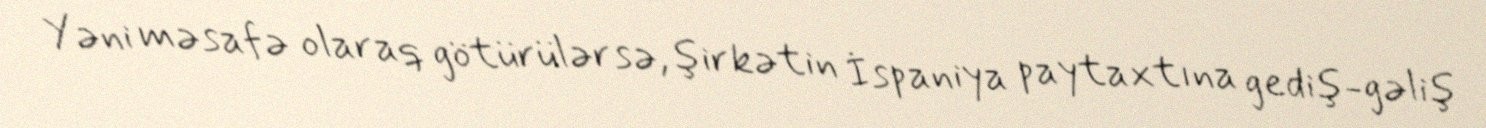
Yəni məsafə olaraq götürülərsə, şirkətin İspaniya paytaxtına gediş-gəliş